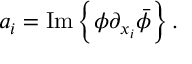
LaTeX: a _ { i } = \mathrm { { I m } } \left\{ \phi \partial _ { x _ { i } } \bar { \phi } \right\} .